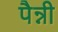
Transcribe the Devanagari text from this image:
पैन्नी